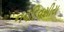
નવદિવસીય